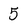
Character: 5